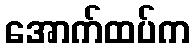
အောက်ထပ်က